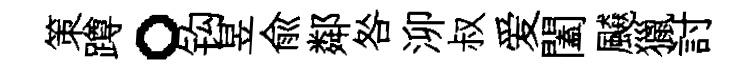
策蹲。钩昱兪鄰咎泖叔爱闔飇獵討